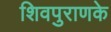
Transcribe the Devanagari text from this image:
शिवपुराणके